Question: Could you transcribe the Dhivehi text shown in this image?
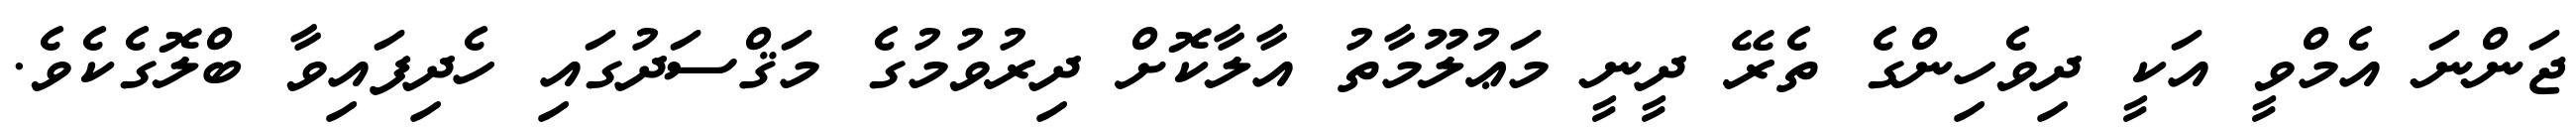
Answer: ޖަންނަ އެމްވީ އަކީ ދިވެހިންގެ ތެރޭ ދީނީ މަޢުލޫމާތު އާލާކޮށް ދިރުވުމުގެ މަޤްސަދުގައި ހެދިފައިވާ ބްލޮގެކެވެ.